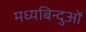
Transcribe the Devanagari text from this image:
मध्यबिन्दुओं